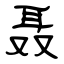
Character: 聂